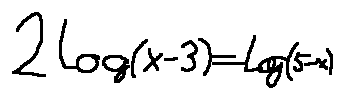
2 \log ( x - 3 ) = \log ( 5 - x )